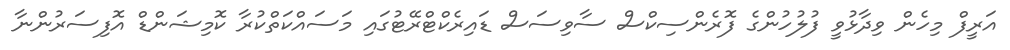
އަރީފް މިހެން ވިދާޅުވީ ފުލުހުންގެ ފޮރެންސިކްސް ސާވިސަސް ޑައިރެކްޓްރޭޓުގައި މަސައްކަތްކުރާ ކޮމިޝަންޑް އޮފިސަރުންނާ